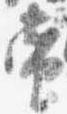
当